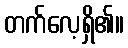
တက်လေ့ရှိ၏။